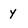
Character: y